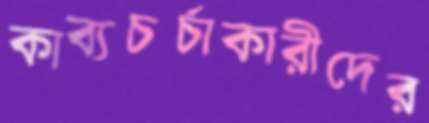
কাব্যচর্চাকারীদের